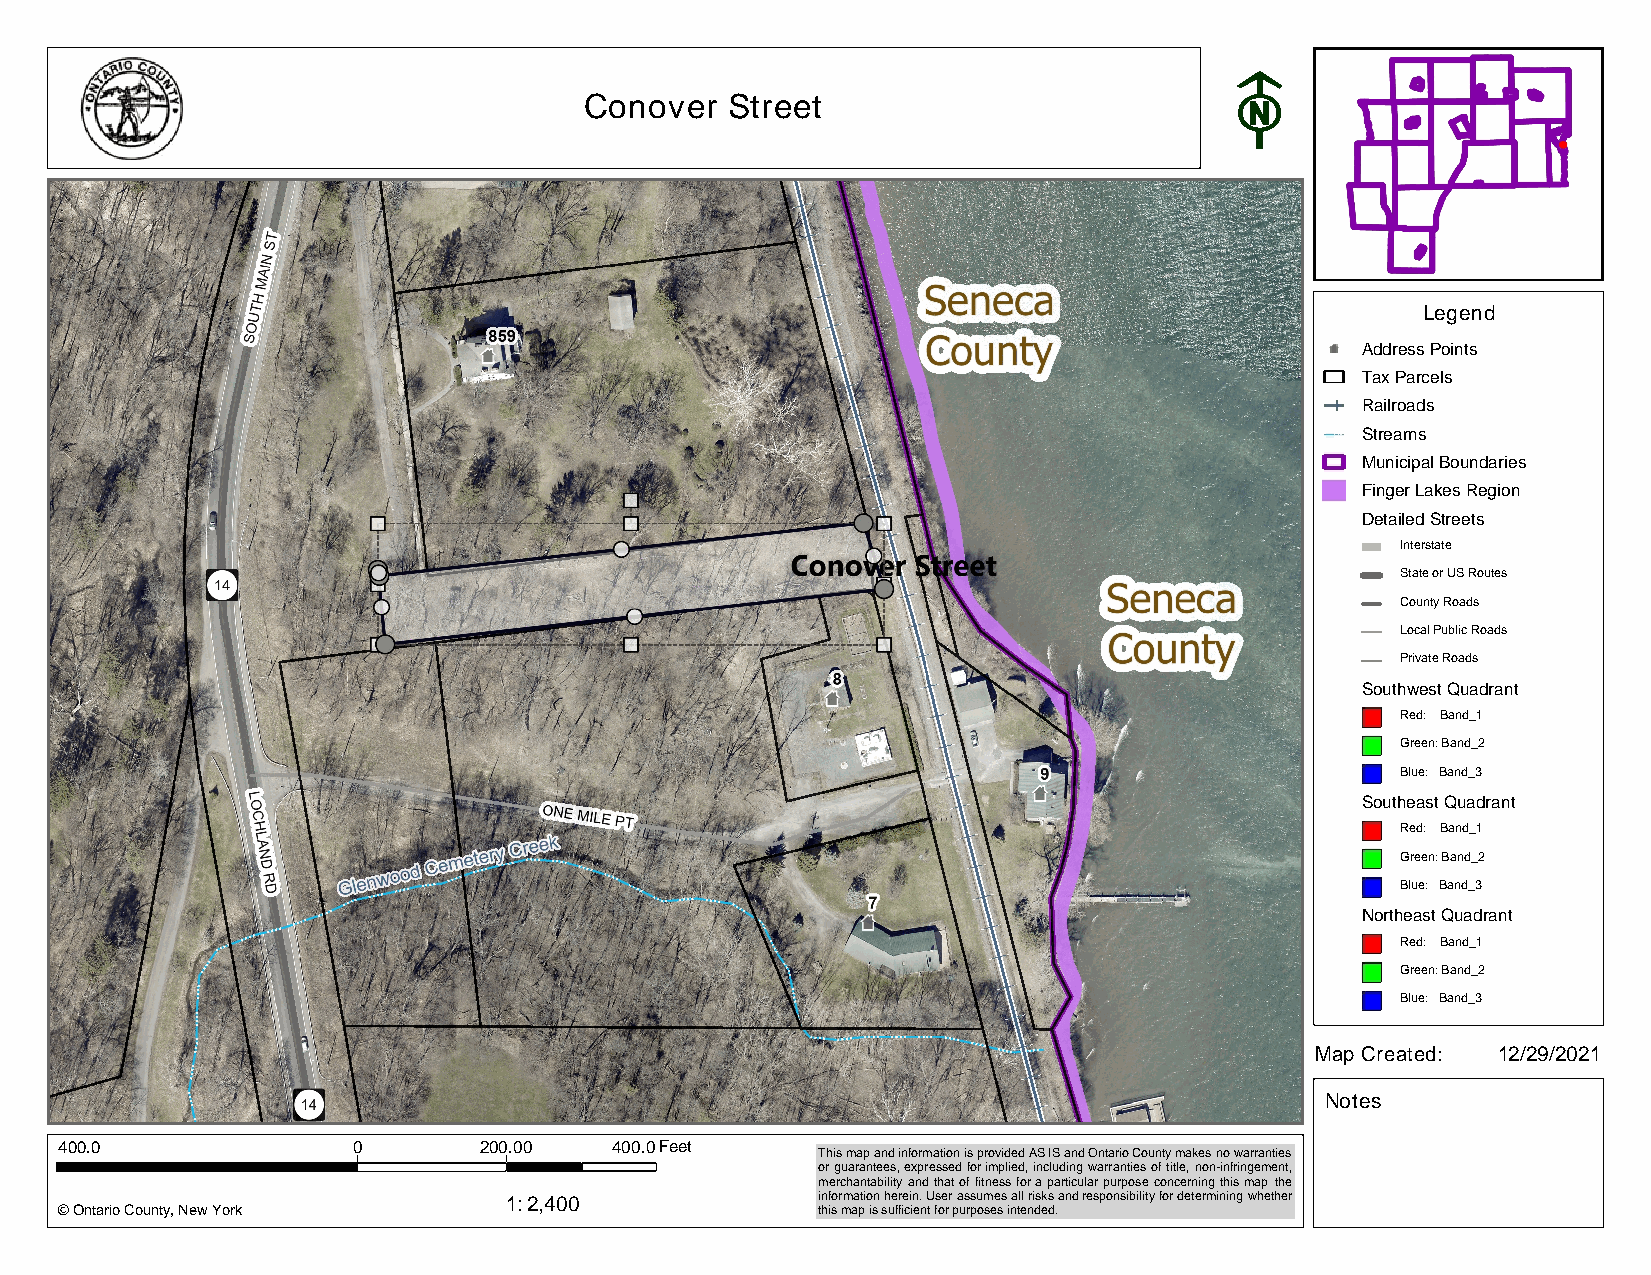
Conover  Street
 Legend
 Address Points
 Tax Parcels
 Railroads
 Streams
 Municipal Boundaries
 Finger Lakes Region
 Detailed Streets
 Interstate
 State or US Routes
 County Roads
 Local Public Roads
 Private Roads
 Southwest Quadrant
 Red: Band_1
 Green: Band_2
 Blue: Band_3
 Southeast Quadrant
 Red: Band_1
 Green: Band_2
 Blue: Band_3
 Northeast Quadrant
 Red: Band_1
 Green: Band_2
 Blue: Band_3
 Northwest Quadrant
 Map CreaRteedd: : Band_1 12/29/2021
 Green: Band_2
 Notes
 Blue: Band_3
 400.0              0        200.00   400.0Feet
 This map and information is provided AS IS and Ontario County makes no warranties
 or guarantees, expressed for implied, including warranties of title, non-infringement,
 merchantability and that of fitness for a particular purpose concerning this map the
 1:2,400              information herein. User assumes all risks and responsibility for determining whether
 © Ontario County, New York                        this map is sufficient for purposes intended.